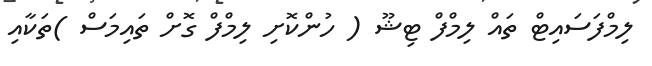
ލިމްފަސައިޓް ތައް ލިމްފް ޓިޝޫ ( ހުންކޮށި ލިމްފް ގޮށް ތައިމަސް )ތަކާއި